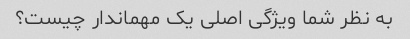
به نظر شما ویژگی اصلی یک مهماندار چیست؟